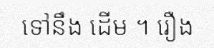
ទៅនឹង ដើម ។ រឿង